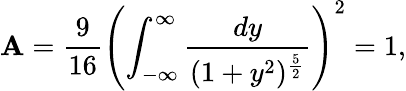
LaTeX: {\cal\mathbf{A}}={\frac{{9}}{{16}}}\left(\int_{-\infty}^{\infty}{\frac{{dy}}{{(1+y^{2})^{\frac{{5}}{{2}}}}}}\right)^{2}=1,